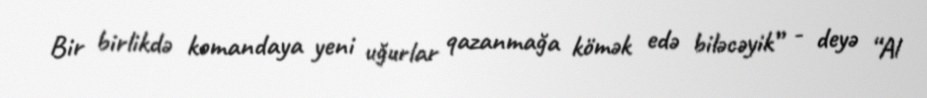
Bir birlikdə komandaya yeni uğurlar qazanmağa kömək edə biləcəyik” - deyə “Al